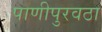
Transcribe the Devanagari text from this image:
पाणीपुरवठा